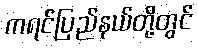
ကရင်ပြည်နယ်တို့တွင်